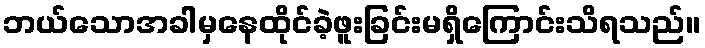
ဘယ်သောအခါမှနေထိုင်ခဲ့ဖူးခြင်းမရှိကြောင်းသိရသည်။